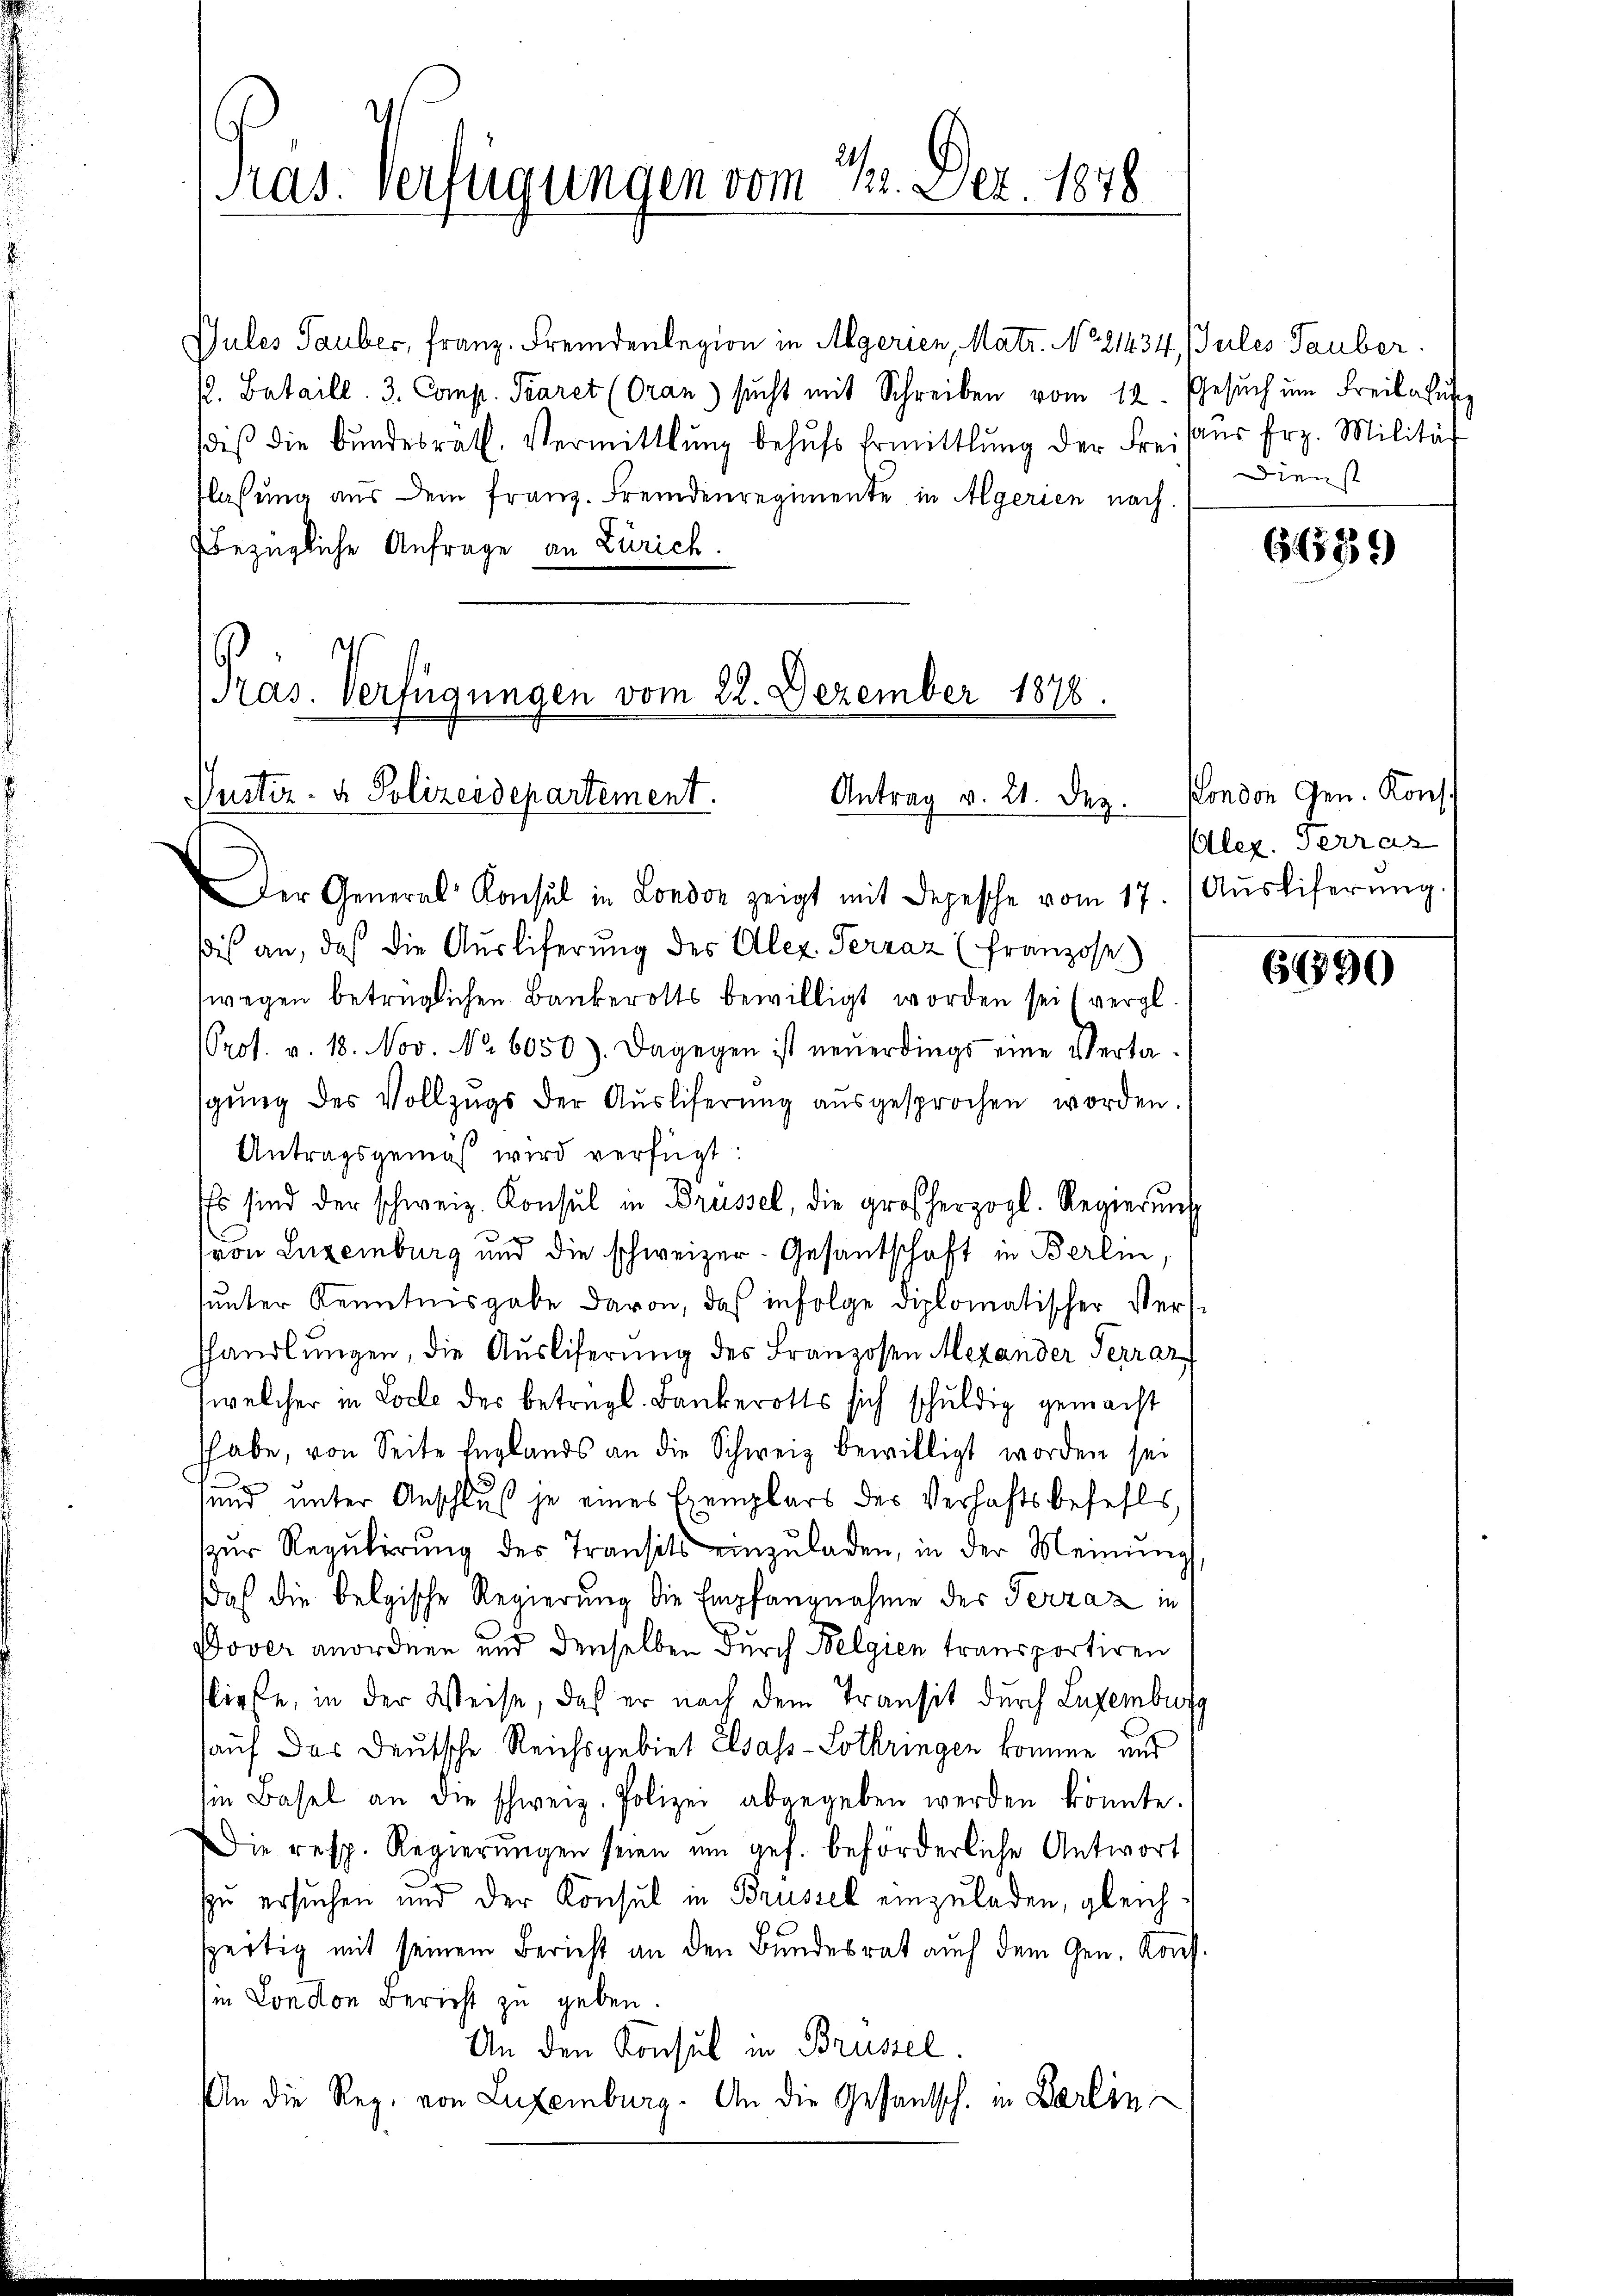
Präs. Verfügungen vom 24. Dez. 1876

Pras. Verfügungen vom 22. Dezember 1878.
Pustiz- & Polizeidepartement.
Antrag v. 21. Dez.

Gules Tauber, Franz. Fremdenlegion in Algerien, Matr. No. 21434. Jules Tauber
s. Bataill. 3. Comp. Paret (Oran sŭcht mit Schreiben vom 12. Gesŭch ŭm Freilafŭng
deβ die Bŭndesrath. Vermittlung behŭfs Ermittlung der Freihaŭs frz. Milität
flassung aus dem franz. Fremdenregimente in Algerien nach
bezügliche Anfrage an Zürich.
Der General-Consul in London zeigt mit Depesche vom 17. (Aŭsliferŭng.
dis an, daß die Aŭsliferŭng des Alex Terraz (Franzose
wegen betrüglichen Bankerotts bewilligt worden sei (vergl.
Prot. v. 18. Nov. No. 6050). Dagegen ist neŭerdings eine Verta-
sgŭng des Vollzŭgs der Aŭsliferŭng aŭsgesprochen worden.
Antragsgemäß wird verfügt:
Es sind der schweiz. Konsul in Brüssel, die großherzogl. Regierŭng

(von Luzeiburg und die schweizer. Gesandschaft in Berlin,
sunter Kenntnisgabe davon, daß infolge diplomatischer Verst
hhandlungen, die Ausliferung des Franzosen Mexander Terrar
welcher in Loche der betrügl. Bankerotts sich schuldig gemacht
shabe, von Seite Englands an die Schweiz bewilligt worden sei
s
sund unter Anschluß je eines Exemplars des Verhaftsbefehls
zŭr Regŭlirŭng des Transits einzŭladen, in der Meinŭng
daß die belgische Regierung die Empfangnahme der Terzaz in
Dover anordnen und denselben durch Belgien transportiren
sliefe, in der Weise, daß er nach dem Transit durch Lugenburg
auf das Deutsche Reichsgebiet Elsass-Lothringen komme und
in Basel an die schweiz. Polizei abgegeben werden könnte.
Die resp. Regierŭngen seien um ges. beförderliche Antwort
se ersuchen und der Konsul in Brüssel einzuladen, gleichspertig mit seinem Bericht an den Bundesrat auch dem Gen. Kaufin London Bericht zu geben.
An den Konsul in Brüssel.
An die Reg. von Luxemburg. An die Gesantsch. in Berlin

Dienst

645839

Pondon Gen. Kons.
Alez. Terras

66890